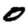
Digit: 0